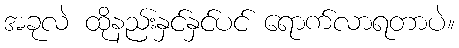
အခုလဲ ထိုနည်းနှင်နှင်ပင် ရောက်လာရတာပဲ။